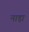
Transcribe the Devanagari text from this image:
नाड़ा